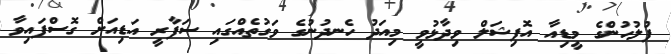
ފުލުހުންގެ މީޑިއާ އޮފިޝަލް ވިދާޅުވީ މިއަދު ހެނދުނުގެ ވަގުތެއްގައި ސަފާރީ އަޑިއަށް ގޮސްފައިވާ